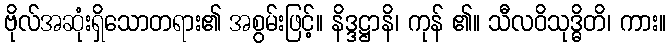
ဗိုလ်အဆုံးရှိသောတရား၏ အစွမ်းဖြင့်။ နိဒ္ဒဋ္ဌာနိ၊ ကုန် ၏။ သီလဝိသုဒ္ဓိတိ၊ ကား။